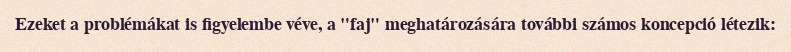
Ezeket a problémákat is figyelembe véve, a "faj" meghatározására további számos koncepció létezik: